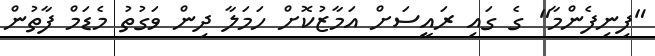
"ފިނިފެންމާ" ގެ ގައި ރައީސަށް އަމާޒުކޮށް ހަމަލާ ދިން ވަގުތު މެޑަމް ފާތުން